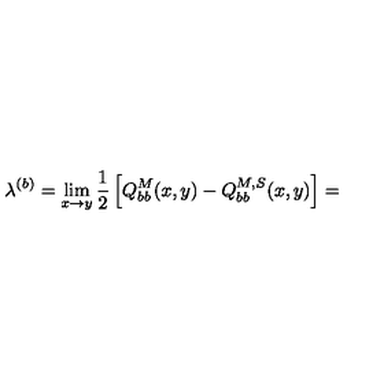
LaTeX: \lambda ^ { ( b ) } = \lim _ { x \rightarrow y } \frac { 1 } { 2 } \left[ Q _ { b b } ^ { M } ( x , y ) - Q _ { b b } ^ { M , S } ( x , y ) \right] =